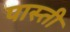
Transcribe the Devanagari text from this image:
पास्ती